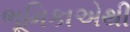
ભૂમિકાએથી